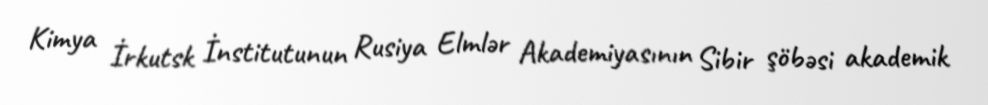
Kimya İrkutsk İnstitutunun Rusiya Elmlər Akademiyasının Sibir şöbəsi akademik